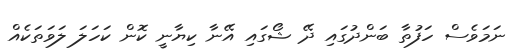
ނަމަވެސް ހަފުތާ ބަންދުގައި ދޭ ޝޯގައި އޭނާ ކިޔާނީ ކޮން ކަހަލަ ލަވަތަކެއް